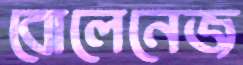
বোলেনেজ